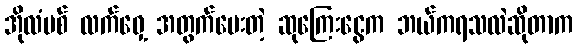
အိုလံပစ် လက်ဝှေ့ အတွက်ပေးတဲ့ ဆုကြေးငွေက ဘယ်ကရသလဲဆိုတာက